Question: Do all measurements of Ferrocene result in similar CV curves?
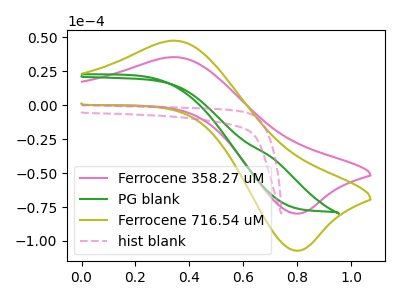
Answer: <think>The pink curve "Ferrocene 358.27 uM" has an anodic peak at (0.35V, 35.40uA) and a cathodic peak at (0.80V, -79.75uA). The green curve "PG blank" has no peaks. The olive curve "Ferrocene 716.54 uM" has an anodic peak at (0.35V, 47.50uA) and a cathodic peak at (0.80V, -107.10uA). The pink dashed curve "hist blank" has no peaks.
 "Ferrocene 358.27 uM" and "PG blank" have a different number of peaks. All the peaks in "Ferrocene 358.27 uM" have a peak in "Ferrocene 716.54 uM" at the same potential. Every peak in "Ferrocene 358.27 uM" is lower than every peak in "Ferrocene 716.54 uM". "Ferrocene 358.27 uM" and "hist blank" have a different number of peaks. "PG blank" and "Ferrocene 716.54 uM" have a different number of peaks. Neither "PG blank" or "hist blank" have any peaks. "Ferrocene 716.54 uM" and "hist blank" have a different number of peaks.</think>
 <answer>All the CV's of "Ferrocene" have similar shape.</answer>
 <eval>follow_rule</eval>